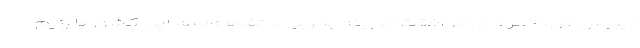
«پلیس من» خبر داد. موافقت کابینه بحرین با تفاهم‌نامه این کشور با رژیم